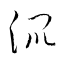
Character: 混